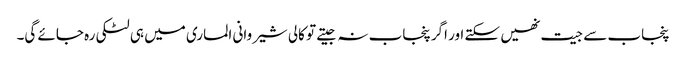
پنجاب سے جیت نھیں سکتے اور اگر پنجاب نہ جیتے تو کالی شیروانی الماری میں ہی لٹکی رہ جائے گی۔